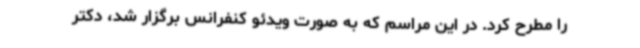
را مطرح کرد. در این مراسم که به صورت ویدئو کنفرانس برگزار شد، دکتر